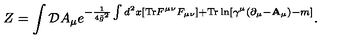
Z = \int { \cal D } A _ { \mu } e ^ { - { \frac { 1 } { 4 { \tilde { g } } ^ { 2 } } } \int d ^ { 2 } x [ \mathrm { T r } F ^ { \mu \nu } F _ { \mu \nu } ] + \mathrm { T r } \ln [ \gamma ^ { \mu } ( \partial _ { \mu } - { \bf A } _ { \mu } ) - m ] } .